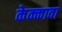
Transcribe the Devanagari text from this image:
केक्कावा